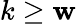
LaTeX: k\geq\mathbf{w}